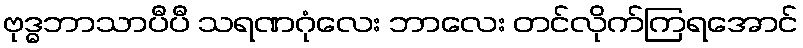
ဗုဒ္ဓဘာသာပီပီ သရဏဂုံလေး ဘာလေး တင်လိုက်ကြရအောင်